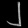
Digit: ၂